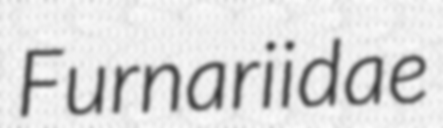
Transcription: Furnariidae